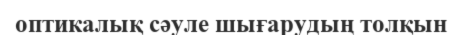
оптикалық сәуле шығарудың толқын